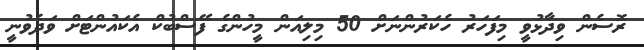
ރޮސެން ވިދާޅުވީ މިފަހަރު ހެކަރުންނަށް 50 މިލިއަން މީހުންގެ ފޭސްބުކް އެކައުންޓަށް ވަދެވުނީ